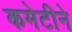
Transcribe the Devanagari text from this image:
कमेटीने